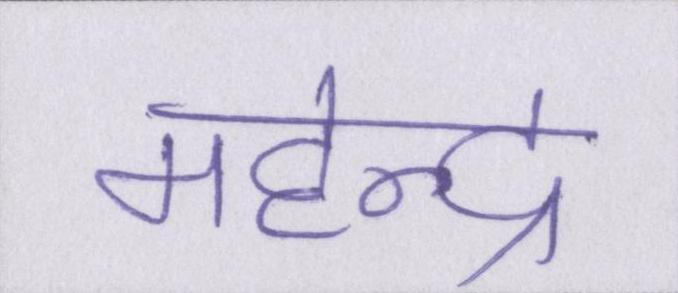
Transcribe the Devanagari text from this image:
महेन्द्र